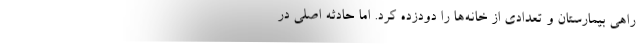
راهي بيمارستان و تعدادي از خانه‌ها را دودزده كرد. اما حادثه اصلي در